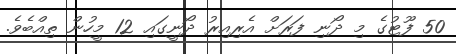
50 ފޫޓުގެ މި ދޯނި ފަރަށް އެރިއިރު ދޯނީގައި 12 މީހުން ތިއްބެވެ.